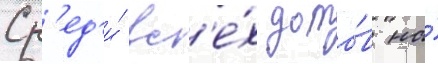
Ср'ед'и́ вс'е́х домо́в на́